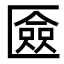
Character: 匳